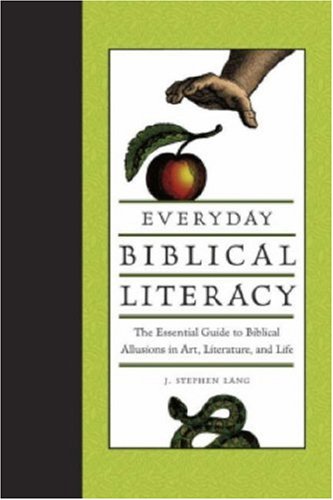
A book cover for Everyday Biblical Literacy: The Essential Guide to Biblical Allusions in Art, Literature and Life; J Stephen Lang; Christian Books & Bibles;